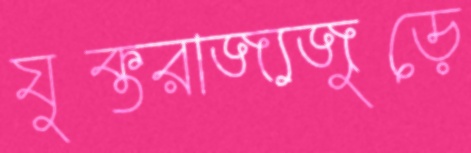
যুক্তরাজ্যজুড়ে